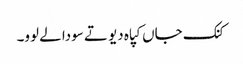
کنک جاں کپاہ دیو تے سودا لے لوو۔